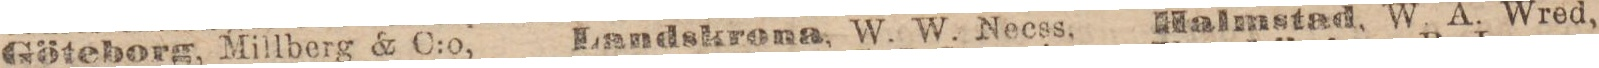
Göteborg, Millberg & C:o,    Landskrona, W. W. Necss,    Halmstad, W. A. Wred,